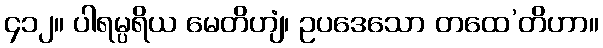
၄၁၂။ ပါရမ္ပရိယ မေတိဟျံ၊ ဥပဒေသော တထေ’တိဟာ။